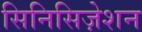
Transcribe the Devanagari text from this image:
सिनिसिज़ेशन